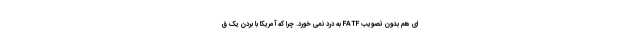
ای هم بدون تصویب FATF به درد نمی خورد. چرا که آمریکا با بردن یک ق